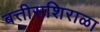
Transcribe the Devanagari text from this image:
बत्तीसशिराळा